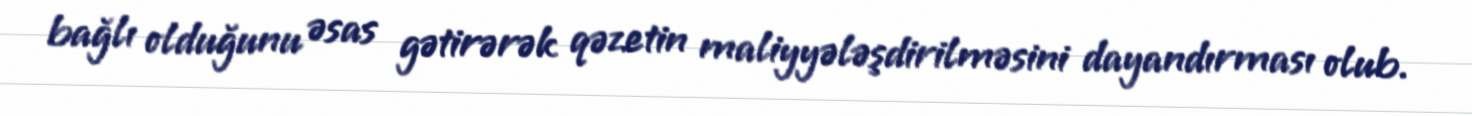
bağlı olduğunu əsas gətirərək qəzetin maliyyələşdirilməsini dayandırması olub.